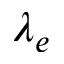
\lambda _ { e }